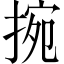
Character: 捥